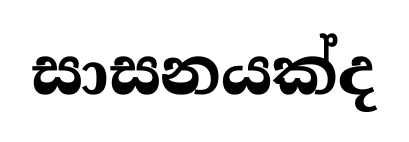
සාසනයක්ද